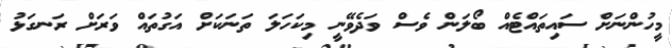
މީހުންނަށް ސައިތައްޓެއް ބޯލަން ވެސް ވަދެވޭނީ މިކަހަލަ ތަނަކަށް އަގުތައް ވަރަށް ރަނގަޅު